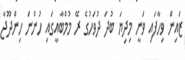
ޒައިން ވިހާފައި ވަނީ މިދިޔަ ބުދަ ދުވަހުގެ ރޭ މުމްބާއީގައި ހުންނަ ހިންދޫޖާ